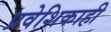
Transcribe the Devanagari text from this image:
प्रवेशिकाही